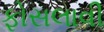
ફોસલાવી